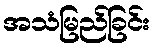
အသံမြည်ခြင်း